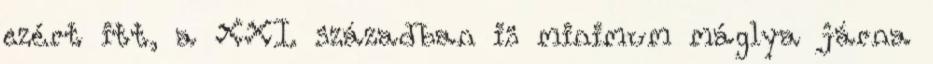
ezért itt, a XXI. században is minimum máglya járna